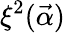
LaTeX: \xi^{2}(\vec{\alpha})